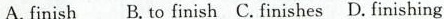
A.finish B.To finish C.Finishes D.Finishing